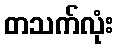
တသက်လုံး